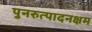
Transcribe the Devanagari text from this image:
पुनरुत्पादनक्षम